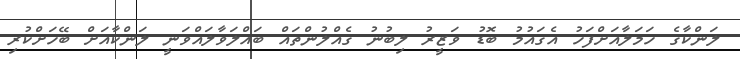
ލަންކާގެ ހަމަލާއަށްފަހު އެގައުމު ބޮޑު ވަޒީރު ލިބުނު ގެއްލުންތައް ބައްލަވާލައްވަނީ ލަންކާއަށް ބޭހަށްކުރި